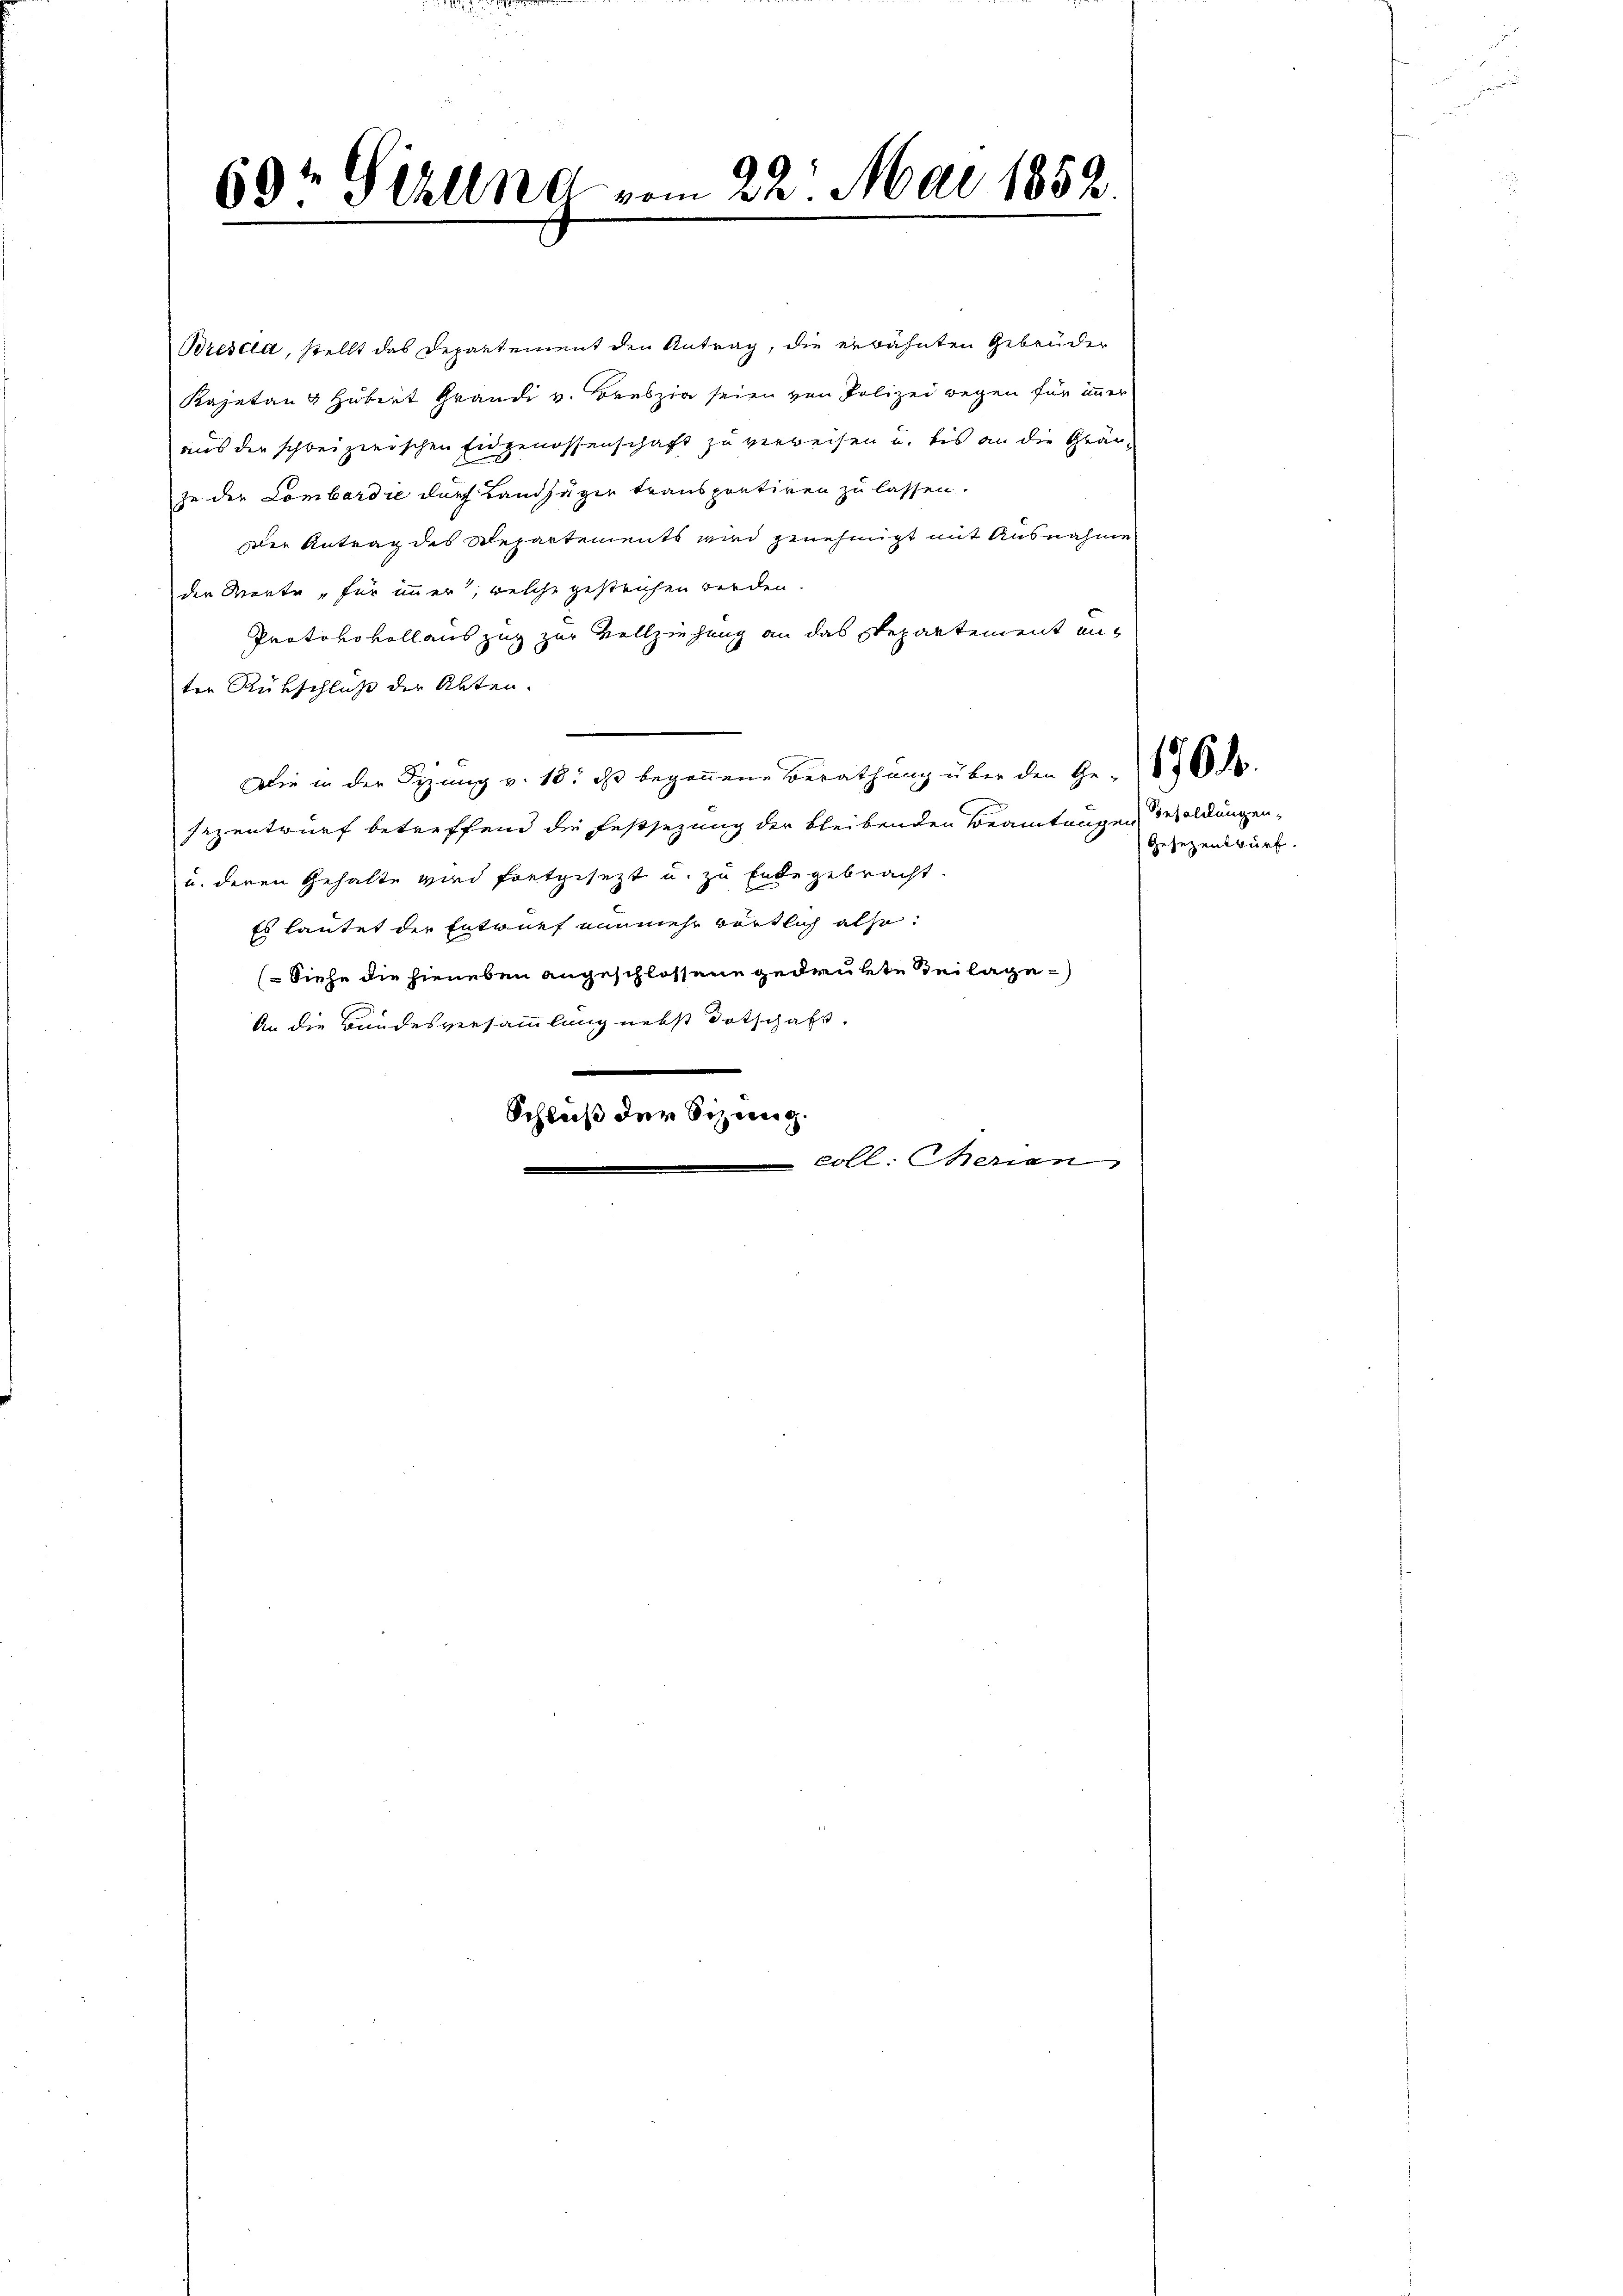
69t Sekund vom 22. Mai 1852

Bresell, stellt das Departement den Antrag, die erwähnten Gebrüder
Kajetan & Hubert Grandi v. Breszia seien von Polizei wegen für immer
aus die schweizerischen Eidgenossenschaft zu verweisen u. bis an die Gränzu der Lombardie durch Landjäger transportiren zu lassen.
Der Antrag des Departements wird genehmigt mit Ausnahme
der Worte „für immer, welche gestrichen werden
Protokovollauszug zur Vollziehung an das Departement anter Rükschluß der Alten.
Die in der Sizung v. 18. ds begonnene Berathung über den Ge- 868 d.
sezentwurf betreffend die Festsezung der bleibenden Beamtungen Besoldungen,
u. deren Gehalte wird fortgesetzt u. zu Ende gebracht.
Es lautet der Entwurf nunmehr wörtlich also
(Siehe die hieneben angeschlossene gedrukte Beilage
An die Bandesversammlung nebst dotschaft.
e
Schluß der Sizung.
 coll. Meren

Gesezentwurf.